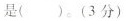
是()。(3分)